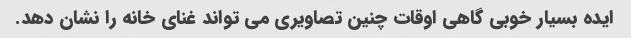
ایده بسیار خوبی گاهی اوقات چنین تصاویری می تواند غنای خانه را نشان دهد.